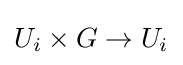
U_{i}\times G\to U_{i}